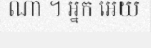
ណា ។ អ្នក អើយ